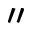
^ { \prime \prime }